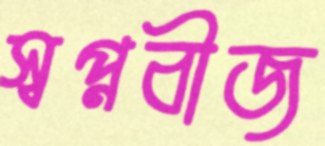
স্বপ্নবীজ